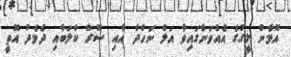
އޮމާން ލީގުގެ އެއްވަނާގައިވާ އަލް ނަހްދާ އާއި ސޫރް ކްލަބާއި ދެމެދު އޮތީ